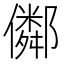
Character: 𠐕